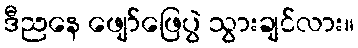
ဒီညနေ ဖျော်ဖြေပွဲ သွားချင်လား။